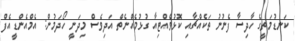
ކަނޑުމަތީގެ ހާދިސާ ފެނުނު ތަކެއްޗާއި ކޮޅުވެއްޓިއާ ގުޅުމެއްނެތް އަދިވެސް މިދަނީ ހޯދަމުން: އެމްއެންޑީއެފް